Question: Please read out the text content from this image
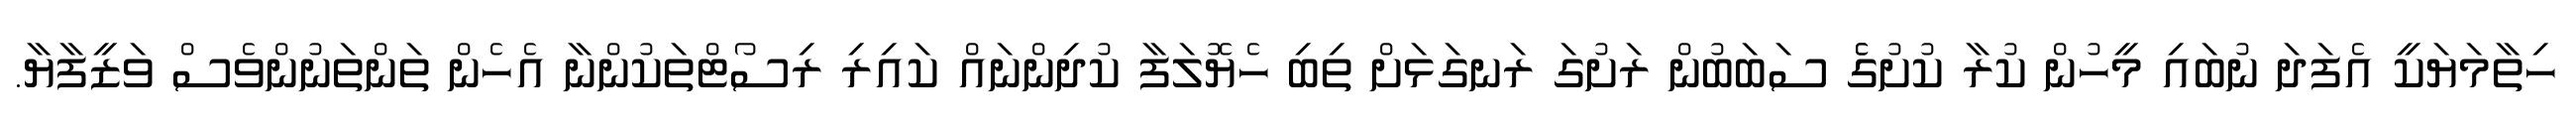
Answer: ހިތާމަޔަކީ އެފަދަ ނުބައި މީހުން ކުރާ ކުށުގެެ ސަބަބުން ރަށުގަ ރަނގަޅަށް ތިބި ހެޔޮލަފާ ކުދިންނައް ކައިރި ރިސޯޓްތަކުންނާ އެހެން ތަންތަނުންވެސް ވަޒީފާޔާ.